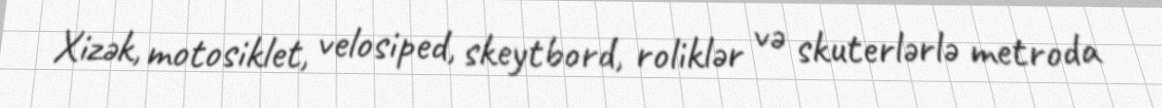
Xizək, motosiklet, velosiped, skeytbord, roliklər və skuterlərlə metroda